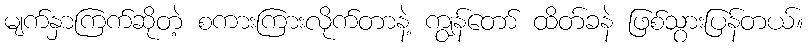
မျက်နှာကြက်ဆိုတဲ့ စကားကြားလိုက်တာနဲ့ ကျွန်တော် ထိတ်ခနဲ ဖြစ်သွားပြန်တယ်။